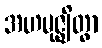
အဟမုဇ္ဈိတွာ